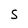
Character: S